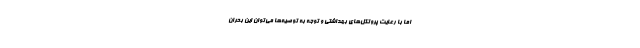
اما با رعایت پروتکل‌های بهداشتی و توجه به توصیه‌ها می‌توان این بحران